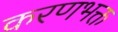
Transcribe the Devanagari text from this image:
करणभक्त